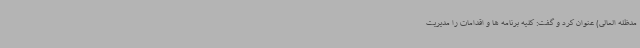
مدظله العالی) عنوان کرد و گفت: کلیه برنامه ها و اقدامات را مدیریت